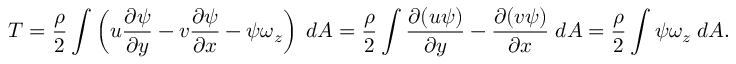
T = \frac { \rho } { 2 } \int \left( u \frac { \partial \psi } { \partial y } - v \frac { \partial \psi } { \partial x } - \psi \omega _ { z } \right) \; d A = \frac { \rho } { 2 } \int \frac { \partial ( u \psi ) } { \partial y } - \frac { \partial ( v \psi ) } { \partial x } \; d A = \frac { \rho } { 2 } \int \psi \omega _ { z } \; d A .